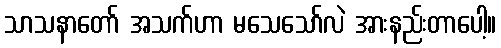
သာသနာတော် အသက်ဟာ မသေသော်လဲ အားနည်းတာပေါ့။